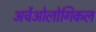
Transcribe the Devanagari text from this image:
अर्चेओलोगिकल